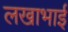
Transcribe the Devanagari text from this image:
लखाभाई